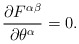
\begin{align*}{\partial F^{\alpha\beta}\over{\partial\theta^\alpha}}=0.\end{align*}